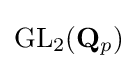
\mathrm {GL} _{2}({\mathbf {Q} }_{p})